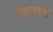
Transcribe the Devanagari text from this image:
पैडलबोर्ड